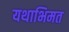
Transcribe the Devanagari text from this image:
यथाभिमत